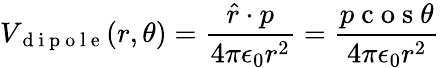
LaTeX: V_{\mathrm{~d~i~p~o~l~e~}}(r,\theta)=\frac{\hat{r}\cdot p}{4\pi\epsilon_{0}r^{2}}=\frac{p\mathrm{~c~o~s~}\theta}{4\pi\epsilon_{0}r^{2}}